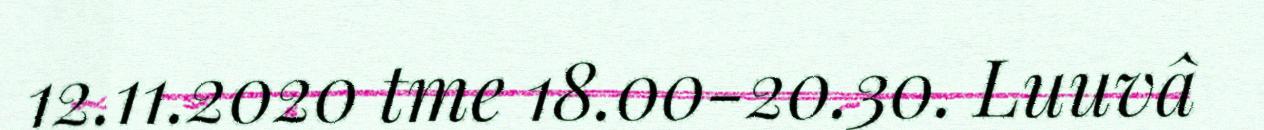
12.11.2020 tme 18.00-20.30. Luuvâ